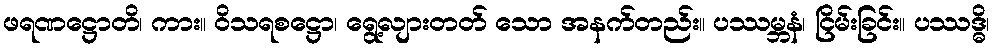
ဖရဏဋ္ဌောတိ၊ ကား။ ဝိသရစဋ္ဌော၊ ရွေ့လျားတတ် သော အနက်တည်း။ ပဿမ္ဘနံ၊ ငြိမ်းခြင်း။ ပဿဒ္ဓိ၊